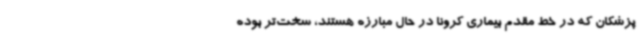
پزشکان که در خط مقدم بیماری کرونا در حال مبارزه هستند، سخت‌تر بوده